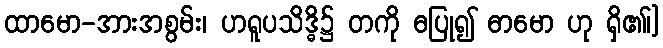
ထာမော-အားအစွမ်း၊ ဟရူပသိဒ္ဓိ၌ တကို ဓပြု၍ ဓာမော ဟု ရှိ၏၊]